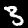
Label: 3